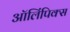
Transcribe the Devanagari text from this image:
ऑलिंपिक्स